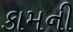
કામની